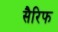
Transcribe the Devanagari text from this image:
सैरिफ